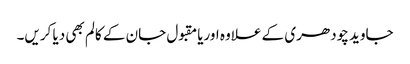
جاوید چودھری کے علاوہ اوریامقبول جان کے کالم بھی دیا کریں۔